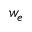
w _ { e }